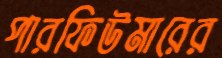
পারফিউমারের